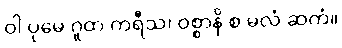
ဝါ ပုမေ ဂူထ ကရီသ၊ ဝစ္စာနိ စ မလံ ဆကံ။